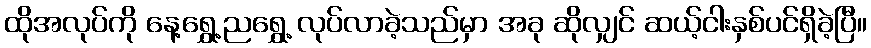
ထိုအလုပ်ကို နေ့ရွှေ့ညရွှေ့ လုပ်လာခဲ့သည်မှာ အခု ဆိုလျှင် ဆယ့်ငါးနှစ်ပင်ရှိခဲ့ပြီ။